Insane asylums Bombay 1873-77 - 1873-1877
Year: 1873
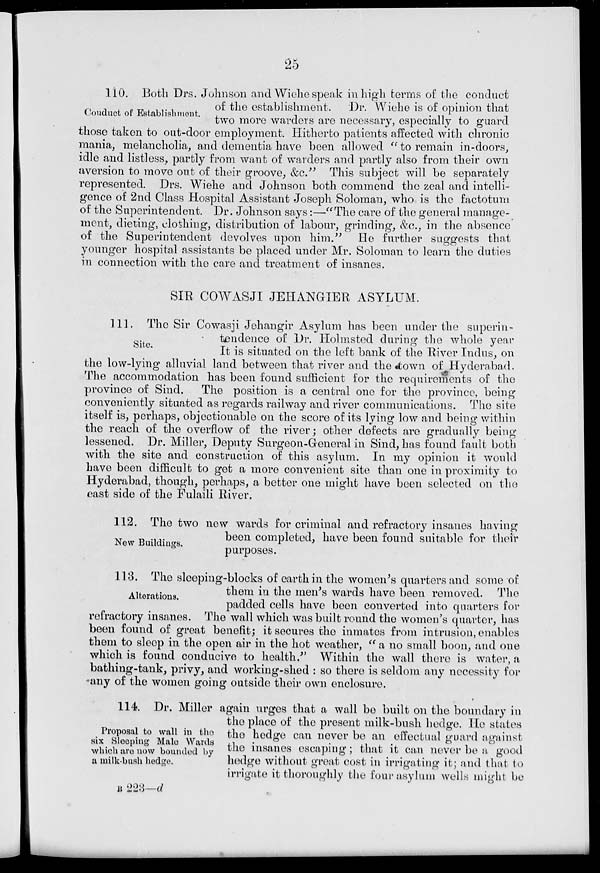
25
Conduct of Establishment.
110. Both Drs. Johnson and Wiehe speak in high terms of the conduct
of the establishment.
Dr. Wiehe is of opinion that
two more warders are necessary, especially to guard
those taken to out-door employment. Hitherto patients affected with chronic
mania, melancholia, and dementia have been allowed " to remain in-doors,
idle and listless, partly from want of warders and partly also from their own
aversion to move out of their groove, &c." This subject will be separately
represented. Drs. Wiehe and Johnson both commend the zeal and intelli-
gence of 2nd Class Hospital Assistant Joseph Soloman, who is the factotum
of the Superintendent. Dr. Johnson says:—"The care of the general manage-
ment, dieting, clothing, distribution of labour, grinding, &c., in the absence
of the Superintendent devolves upon him." He further suggests that
younger hospital assistants be placed under Mr. Soloman to learn the duties
in connection with the care and treatment of insanes.
SIR COWASJI JEHANGIER ASYLUM.
Site.
111. The Sir Cowasji Jehangir Asylum has been under the superin-
tendence of Dr. Holmsted during the whole year
It is situated on the left bank of the River Indus, on
the low-lying alluvial land between that river and the town of Hyderabad.
The accommodation has been found sufficient for the requirements of the
province of Sind.
The position is a central one for the province, being
conveniently situated as regards railway and river communications. The site
itself is, perhaps, objectionable on the score of its lying low and being within
the reach of the overflow of the river; other defects are gradually being
lessened. Dr. Miller, Deputy Surgeon-General in Sind, has found fault both
with the site and construction of this asylum. In my opinion it would
have been difficult to get a more convenient site than one in proximity to
Hyderabad, though, perhaps, a better one might have been selected on the
east side of the Fulaili River.
New Buildings.
112. The two new wards for criminal and refractory insanes having
been completed, have been found suitable for their
purposes.
Alterations.
113. The sleeping-blocks of earth in the women's quarters and some of
them in the men's wards have been removed. The
padded cells have been converted into quarters for
refractory insanes. The wall which was built round the women's quarter, has
been found of great benefit; it secures the inmates from intrusion, enables
them to sleep in the open air in the hot weather, " a no small boon, and one
which is found conducive to health." Within the wall there is water, a
bathing-tank, privy, and working-shed : so there is seldom any necessity for
any of the women going outside their own enclosure.
Proposal to wall in the
six Sleeping Male Wards
which are now bounded by
a milk-bush hedge.
114. Dr. Miller again urges that a wall be built on the boundary in
the place of the present milk-bush hedge. He states
the hedge can never be an effectual guard against
the insanes escaping; that it can never be a good
hedge without great cost in irrigating it; and that to
irrigate it thoroughly the four asylum wells might be
B 223—d